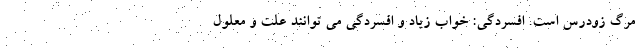
مرگ زودرس است. افسردگی: خواب زیاد و افسردگی می توانند علت و معلول